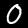
Label: 0